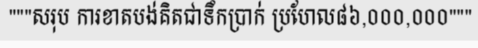
"""សរុប ការខាតបង់គិតជាទឹកប្រាក់ ប្រហែល៨៦,០០០,០០០"""